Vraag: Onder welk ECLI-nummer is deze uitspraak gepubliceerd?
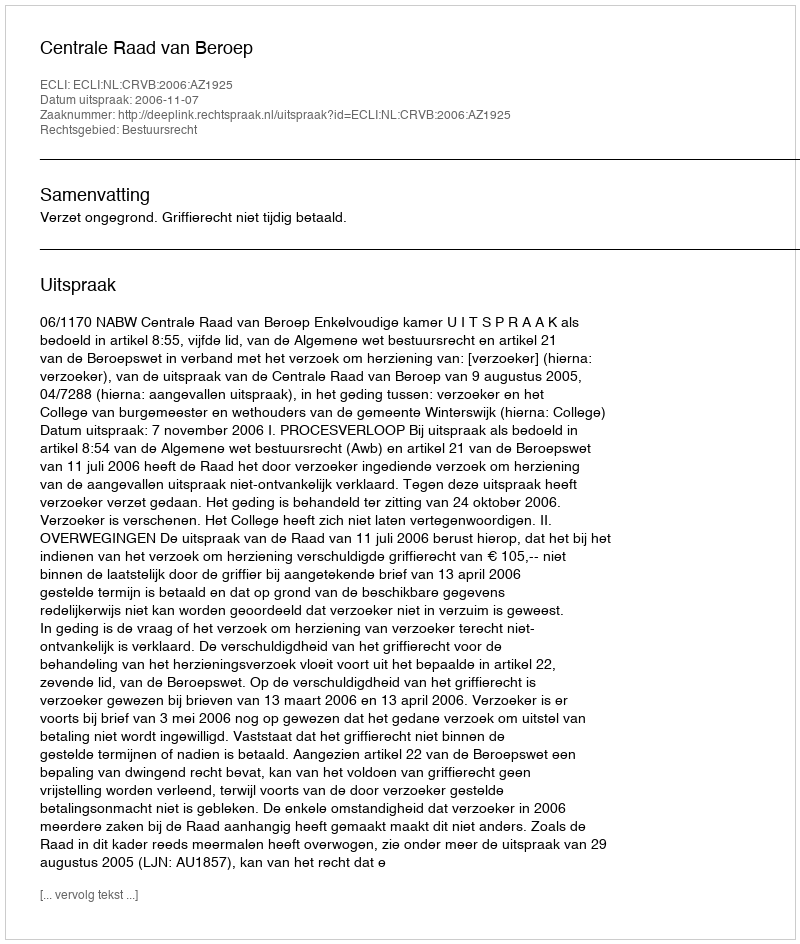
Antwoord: ECLI:NL:CRVB:2006:AZ1925